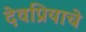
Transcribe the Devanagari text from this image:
देवप्रियाचे